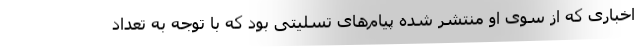
اخباری که از سوی او منتشر شده پیام‌های تسلیتی بود که با توجه به تعداد